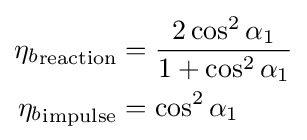
{\begin{aligned}{\eta _{b}}_{\text{reaction}}&={\frac {2\cos ^{2}\alpha _{1}}{1+\cos ^{2}\alpha _{1}}}\\{\eta _{b}}_{\text{impulse}}&=\cos ^{2}\alpha _{1}\end{aligned}}